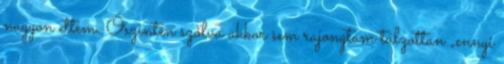
nagyon ettem. Őszintén szólva akkor sem rajongtam túlzottan „ennyi